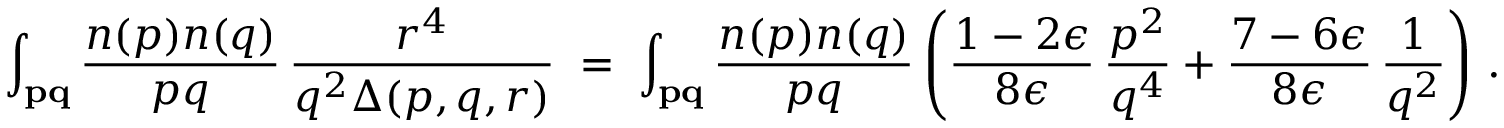
\int _ { \bf p q } { \frac { n ( p ) n ( q ) } { p q } } \, { \frac { r ^ { 4 } } { q ^ { 2 } \Delta ( p , q , r ) } } \; = \; \int _ { \bf p q } { \frac { n ( p ) n ( q ) } { p q } } \left( { \frac { 1 - 2 \epsilon } { 8 \epsilon } } \, { \frac { p ^ { 2 } } { q ^ { 4 } } } + { \frac { 7 - 6 \epsilon } { 8 \epsilon } } \, { \frac { 1 } { q ^ { 2 } } } \right) \, .